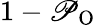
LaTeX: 1-\mathscr{P}_{\mathrm{{{O}}}}